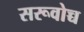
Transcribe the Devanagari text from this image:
सरूवोच्च